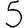
Digit: 5